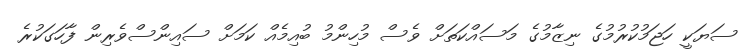
ސަޔަކީ ހަޖަމުކުރުމުގެ ނިޒާމުގެ މަސައްކަތަށް ވެސް މުހިންމު ބުއިމެއް ކަމަށް ސައިންސްވެރިން ފާހަގަކުރެ